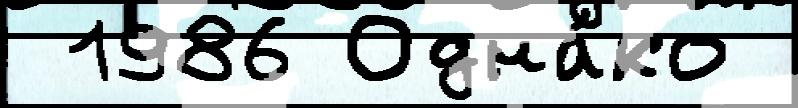
 1986 Одна́ко